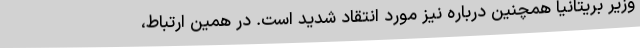
وزیر بریتانیا همچنین درباره نیز مورد انتقاد شدید است. در همین ارتباط،